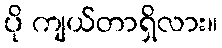
ပို ကျယ်တာရှိလား။